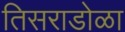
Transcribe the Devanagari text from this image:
तिसराडोळा